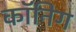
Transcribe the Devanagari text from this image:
कॉनिग